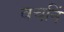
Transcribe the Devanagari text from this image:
वचनिं